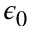
\epsilon _ { 0 }